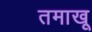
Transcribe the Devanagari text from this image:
तमाखू